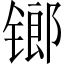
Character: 𨱍